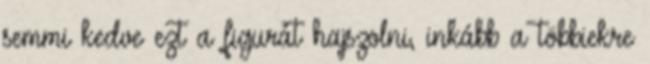
semmi kedve ezt a figurát hajszolni, inkább a többiekre